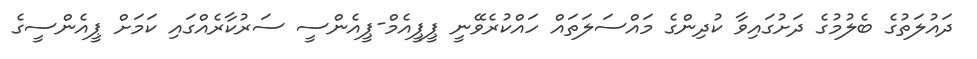
ދައުލަތުގެ ބެލުމުގެ ދަށުގައިވާ ކުދިންގެ މައްސަލަތައް ހައްކުރެވޭނީ ޕީޕީއެމް-ޕީއެންސީ ސަރުކާރެއްގައި ކަމަށް ޕީއެންސީގެ